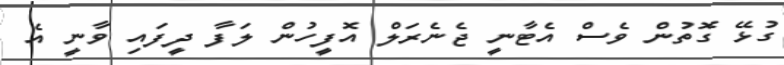
ގުޅޭ ގޮތުން ވެސް އެޓާނީ ޖެނެރަލް އޮފީހުން ލަފާ ދީފައި ވާނީ އެ